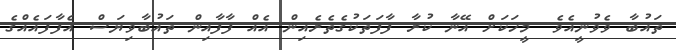
ތައުބާ ވެވުނީއެވެ. މީހަކަށް އޭނާ ކުރާ ފާފަތަކުގެތެރެއިން އެއް ފާފާއިން ތައުބާވިޔަސް އެފާފައެއްގެ